Vaccination in Bombay 1924-1928 - 1924-1928
Year: 1924
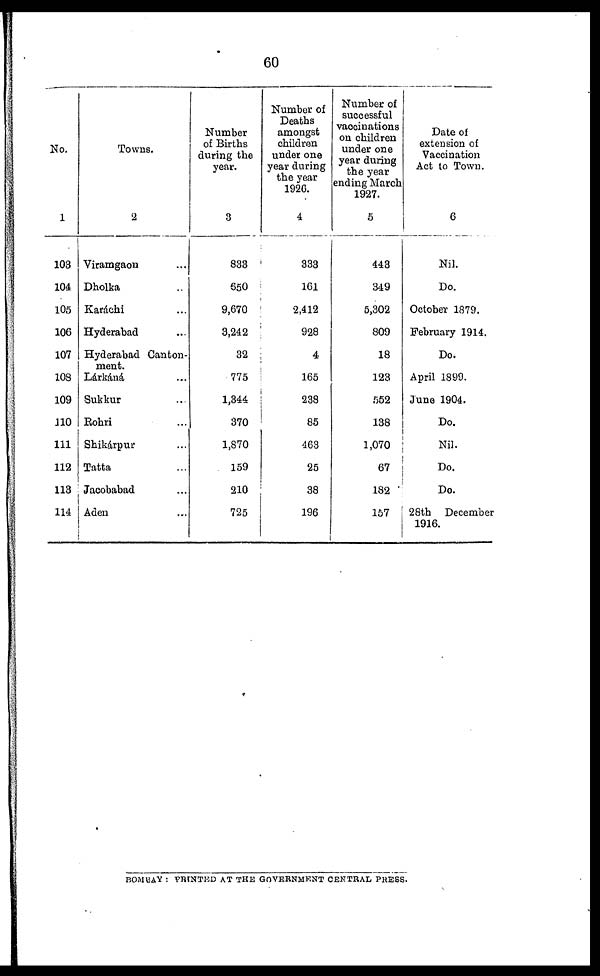
60
No.
1
103
104
105
106
107
108
109
110
111
112
113
114
Towns.
2
Viramgaon ...
Dholka ...
Karáchi ...
Hyderabad ...
Hyderabad Canton-
ment.
Larkáná ...
Sukkur ...
Rohri ...
Shikárpur ...
Tatta ...
Jacobabad ...
Aden ...
Number
of Births
during the
year.
3
833
650
9,670
3,242
32
775
1,344
370
1,870
159
210
725
Number of
Deaths
amongst
children
under one
year during
the year
1926.
4
333
161
2,412
928
4
165
238
85
463
25
38
196
Number of
successful
vaccinations
on children
under one
year during
the year
ending March
1927.
5
443
349
5,302
809
18
123
552
138
1,070
67
182
157
Date of
extension of
Vaccination
Act to Town.
6
Nil.
Do.
October 1879.
February 1914.
Do.
April 1899.
June 1904.
Do.
Nil.
Do.
Do.
28th December
1916.
BOMBAY : PRINTED AT THE GOVERNMENT CENTRAL PRESS.